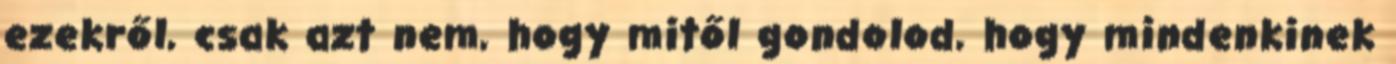
ezekről, csak azt nem, hogy mitől gondolod, hogy mindenkinek